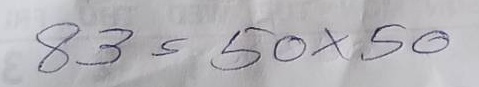
83 = 50x50